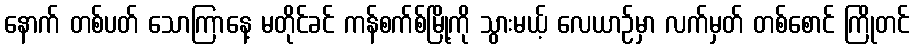
နောက် တစ်ပတ် သောကြာနေ့ မတိုင်ခင် ကန်စက်စ်မြို့ကို သွားမယ့် လေယာဉ်မှာ လက်မှတ် တစ်စောင် ကြိုတင်